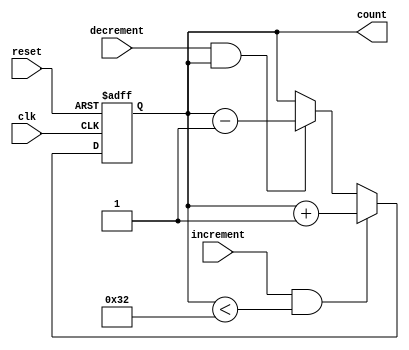
module up_counter(clk,reset,increment,decrement,count);
  
  input clk ,reset,increment,decrement;
  
  output  reg[5:0] count; // 0- 50 6bit 
  
  initial 
  count <=6'b0;
  
  always @(posedge clk or posedge reset)
  begin
    if(reset)
    count <= 6'b0;
  else if(increment && count <50) 
    count <= count+1;
  else if(decrement && count)// 1 0
    count <= count -1;
  else if(count == 50)
  $display("GARAGE IS FULL");
 else if(count == 0 && decrement)
$display("GARAGE IS empty");
  end
endmodule

module up_counter_DUT();
  
  wire clk;
  wire [5:0] count ;
  reg reset , increment , decrement;
 // wire CLK100Hz;
 // clock_divider dvd(clk,reset,CLK100Hz);
  initial begin
    
    reset =1;#100;
    reset =0; increment =1;  #100;
    increment =1; #100;
    increment =1; #100;
    increment =1; #100;
    increment =0;decrement = 1 ;#100;
   increment =0; decrement = 1 ;#100;
    increment = 1;
  end
  up_counter cc(clk,reset,increment,decrement,count);
endmodule